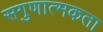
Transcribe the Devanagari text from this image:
सगुणात्मकता